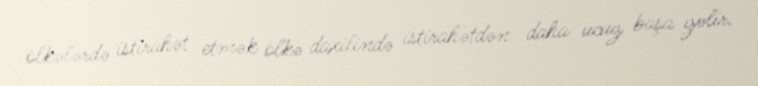
ölkələrdə istirahət etmək ölkə daxilində istirahətdən daha ucuz başa gəlir.